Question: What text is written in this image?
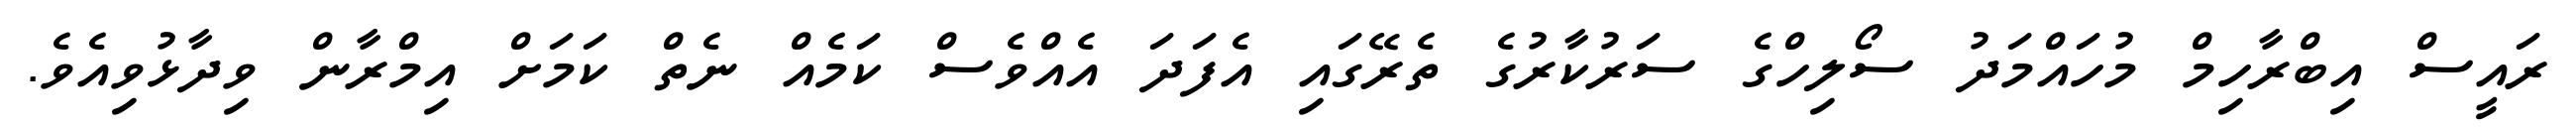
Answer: ރައީސް އިބްރާހިމް މުހައްމަދު ސޯލިހްގެ ސަރުކާރުގެ ތެރޭގައި އެފަދަ އެއްވެސް ކަމެއް ނެތް ކަމަށް އިމްރާން ވިދާޅުވިއެވެ.